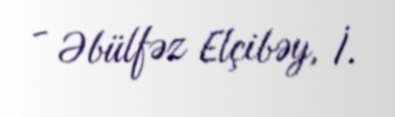
- Əbülfəz Elçibəy, İ.